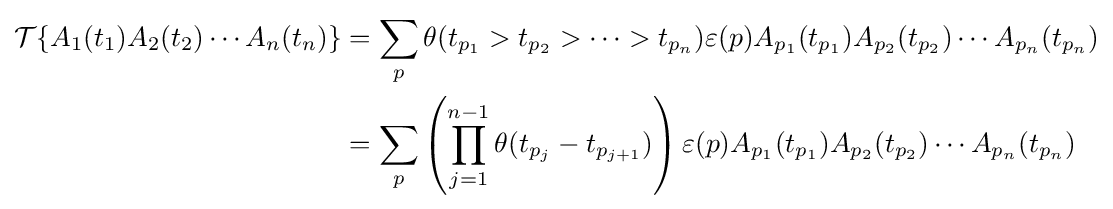
{\begin{aligned}{\mathcal {T}}\{A_{1}(t_{1})A_{2}(t_{2})\cdots A_{n}(t_{n})\}&=\sum _{p}\theta (t_{p_{1}}>t_{p_{2}}>\cdots >t_{p_{n}})\varepsilon (p)A_{p_{1}}(t_{p_{1}})A_{p_{2}}(t_{p_{2}})\cdots A_{p_{n}}(t_{p_{n}})\\&=\sum _{p}\left(\prod _{j=1}^{n-1}\theta (t_{p_{j}}-t_{p_{j+1}})\right)\varepsilon (p)A_{p_{1}}(t_{p_{1}})A_{p_{2}}(t_{p_{2}})\cdots A_{p_{n}}(t_{p_{n}})\end{aligned}}